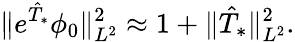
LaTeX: \Vert e^{\hat{T}_{*}}\phi_{0}\Vert_{L^{2}}^{2}\approx 1+\Vert\hat{T}_{*}\Vert_{L^{2}}^{2}.